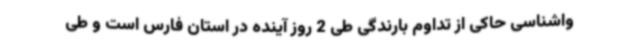
واشناسی حاکی از تداوم بارندگی طی 2 روز آینده در استان فارس است و طی